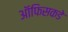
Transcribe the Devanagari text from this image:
ऑफिसकडे